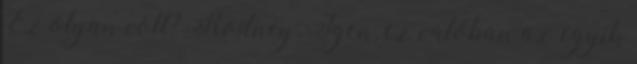
Ez olyan volt? Rodney: Igen, ez valóban az egyik